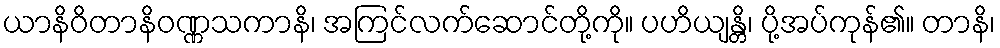
ယာနိဝိတာနိဝဏ္ဏသကာနိ၊ အကြင်လက်ဆောင်တို့ကို။ ပဟိယျန္တိ၊ ပို့အပ်ကုန်၏။ တာနိ၊